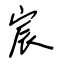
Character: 宸